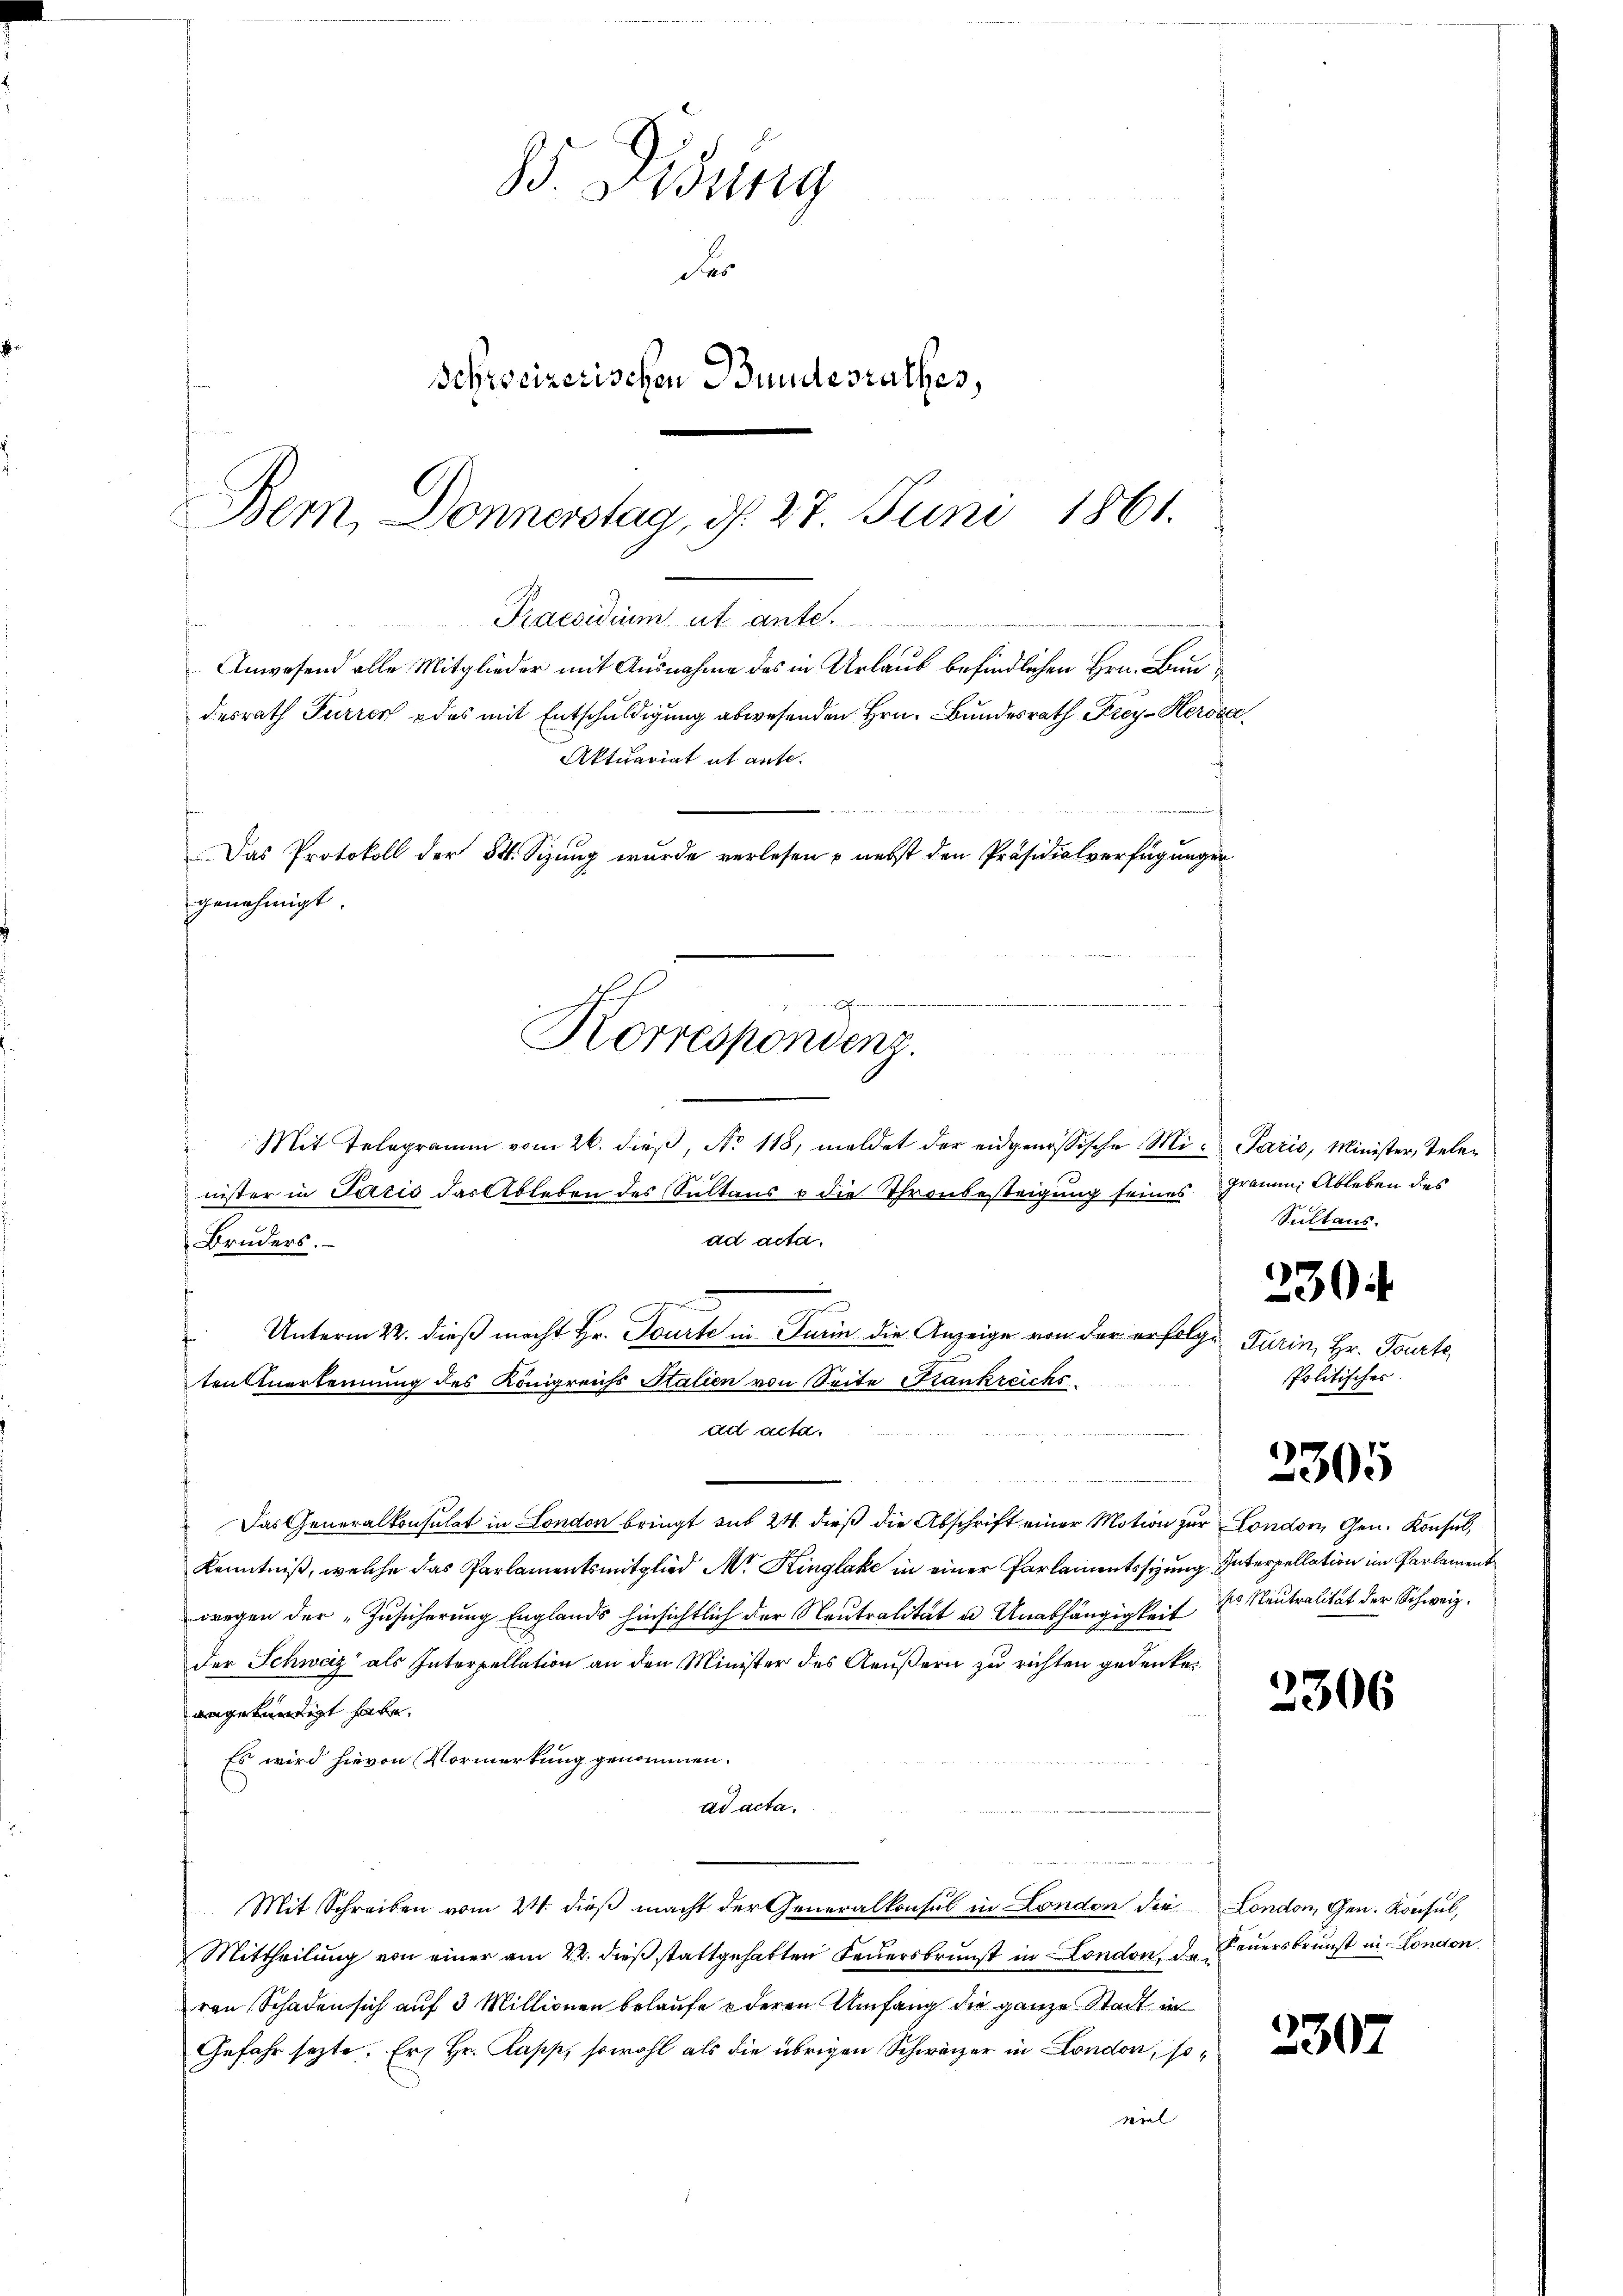
Praesidium ut ante ................................
Anwesend alle Mitglieder mit Ausnahme des in Urlaub befindlichen Hrn. Bundesrath Furrer des mit Entschuldigung abwesenden Hrn. Bundesrath Frey- Herode
Das Protokoll der St. Sizung wurde verlesen – nebst den Präsidialverfügungen
genehmigt
uung der wie ertheilen
Korrespondenz.

85. Eidung
de
Schweizerischen Bundesrathes,
Bem, Donnerstag, d. 27. Juni 1861.

.
Mit Telegramm vom 26. dieß, No 118, meldet der eidgenössische Minister in Paris das Ableben des Sultaus & die Thronbesteigung seines

 Das Generalkonsulat in London bringt auf 24. dieß die Abschrift einer Motion zur London, Gen. Konsul,
Kenntniß, welche das Parlamentsmitglied Mr. Ringlake in einer Parlamentssizung Interpellation im Parlament
wegen der „Zusicherung Englands hinsichtlich der Neutralität u. Unabhängigkeit der Neutralität der Schweiz.
der Schweiz als Interpellation an den Minister des Aeußern zu richten gedenken
angekündigt habe.
Es wird hievon Vormerkung genommen.
ad acta.
Mit Schreiben vom 24. dieß macht der Generalkonsul in London der London, Gen. Konsul,
Mittheilung von einer am 22. dieß stattgehabten Feuersbrunst in London, de Feuersbrunst in London.
ren Schaden sich auf 3 Millionen belaufe & deren Umfang die ganze Stadt in
Gefahr sezte. Er Hr. Papp, sowohl als die übrigen Schweizer in London, somiel

Aktuariat et aufte.

ad acta.
Bruders.
.
m
Unterm 22. dieß macht Hr. Tourte in Turin die Anzeige von der erfolge
ten Anerkennung des Königreichs Salien von Seite Frankreichs
ad acta.

Paris, Minister, Telegramm. Ableben des
Sultaus.
1
0
Turin, Hr. Tourte
Politisches.

2305

2306

2307